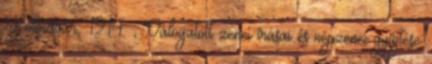
Kolozsvár, 1914 ; Válogatott zenei írásai és népzenei gyűjtése